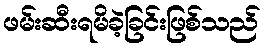
ဖမ်းဆီးရမိခဲ့ခြင်းဖြစ်သည်